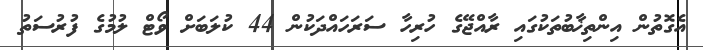
އެގޮތުން އިންތިޚާބުތަކުގައި ރާއްޖޭގެ ހުރިހާ ސަރަހައްދަކުން 44 ކުލަބަށް ވޯޓް ލުމުގެ ފުރުސަތު